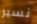
نسير